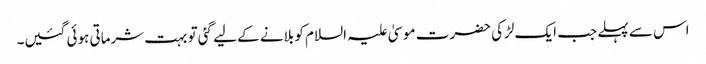
اس سے پہلے جب ایک لڑکی حضرت موسیٰ علیہ السلام کو بلانے کے لیے گئی تو بہت شرماتی ہوئی گئیں۔